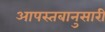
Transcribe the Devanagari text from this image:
आपस्तबानुसारी